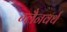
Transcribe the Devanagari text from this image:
ग्लैनवर्थ